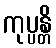
ကုပ္ပန္တိ